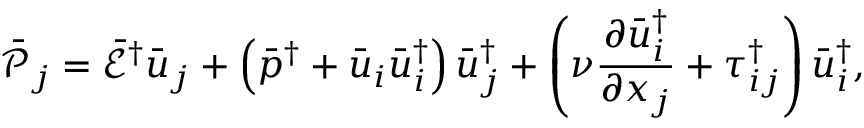
{ { \bar { \mathcal P } } _ { j } } = { { \bar { \mathcal E } } ^ { \dag } } { { \bar { u } } _ { j } } + \left( { { { \bar { p } } ^ { \dag } } + { { \bar { u } } _ { i } } \bar { u } _ { i } ^ { \dag } } \right) \bar { u } _ { j } ^ { \dag } + \left( { \nu \frac { { \partial \bar { u } _ { i } ^ { \dag } } } { { \partial { x _ { j } } } } + \tau _ { i j } ^ { \dag } } \right) \bar { u } _ { i } ^ { \dag } ,